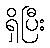
ရှိပြီး